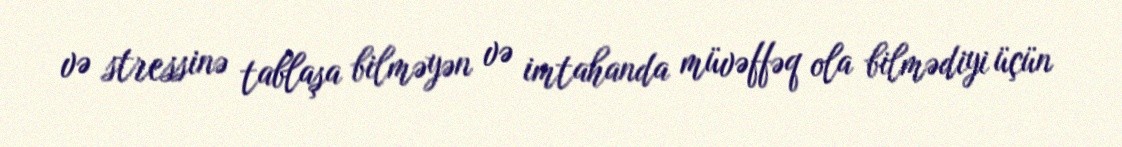
və stressinə tablaşa bilməyən və imtahanda müvəffəq ola bilmədiyi üçün